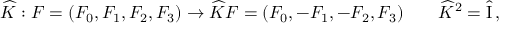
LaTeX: \widehat { K } : F = ( F _ { 0 } , F _ { 1 } , F _ { 2 } , F _ { 3 } ) \to \widehat { K } F = ( F _ { 0 } , - F _ { 1 } , - F _ { 2 } , F _ { 3 } ) \qquad \widehat { K } ^ { 2 } = \hat { \mathrm { I } } \, ,